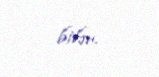
bilər.